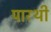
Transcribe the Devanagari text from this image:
पारथी